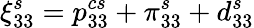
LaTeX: \xi_{33}^{s}={p}_{33}^{cs}+\pi_{33}^{s}+d_{33}^{s}